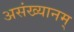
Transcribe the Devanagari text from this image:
असंख्यानम्‌